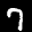
Label: 7